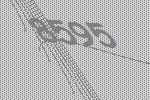
8595